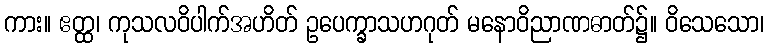
ကား။ ဧတ္ထ၊ ကုသလဝိပါက်အဟိတ် ဥပေက္ခာသဟဂုတ် မနောဝိညာဏဓာတ်၌။ ဝိသေသော၊